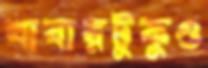
খাবারটুকুও